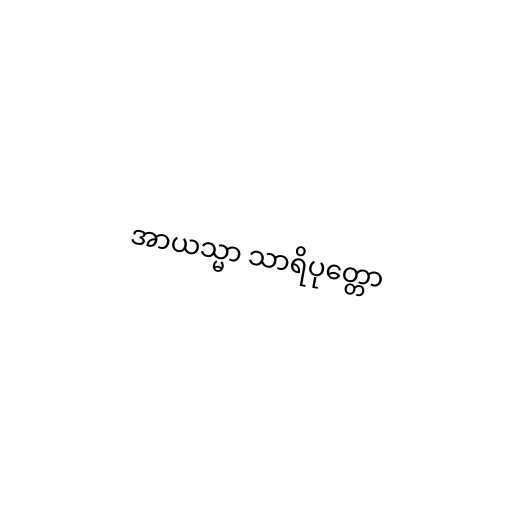
အာယသ္မာ သာရိပုတ္တော